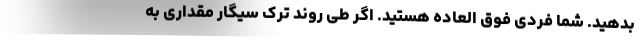
بدهید. شما فردی فوق العاده هستید. اگر طی روند ترک سیگار مقداری به